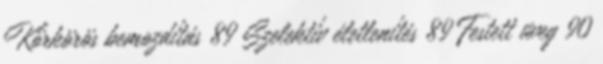
Körkörös bemozdítás 89 Szelektív életlenítés 89 Festett üveg 90